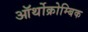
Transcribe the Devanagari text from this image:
ऑर्थोक्रोम्बिक